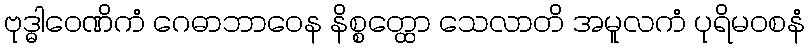
ဗုဒ္ဓါဝေဏိကံ ဂေဓာဘာဝေန နိစ္စတ္ထော သေလာတိ အမူလကံ ပုရိမဝစနံ